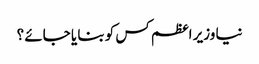
نیا وزیر اعظم کس کو بنا یا جائے ؟